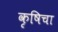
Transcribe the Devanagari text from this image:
कृषिचा